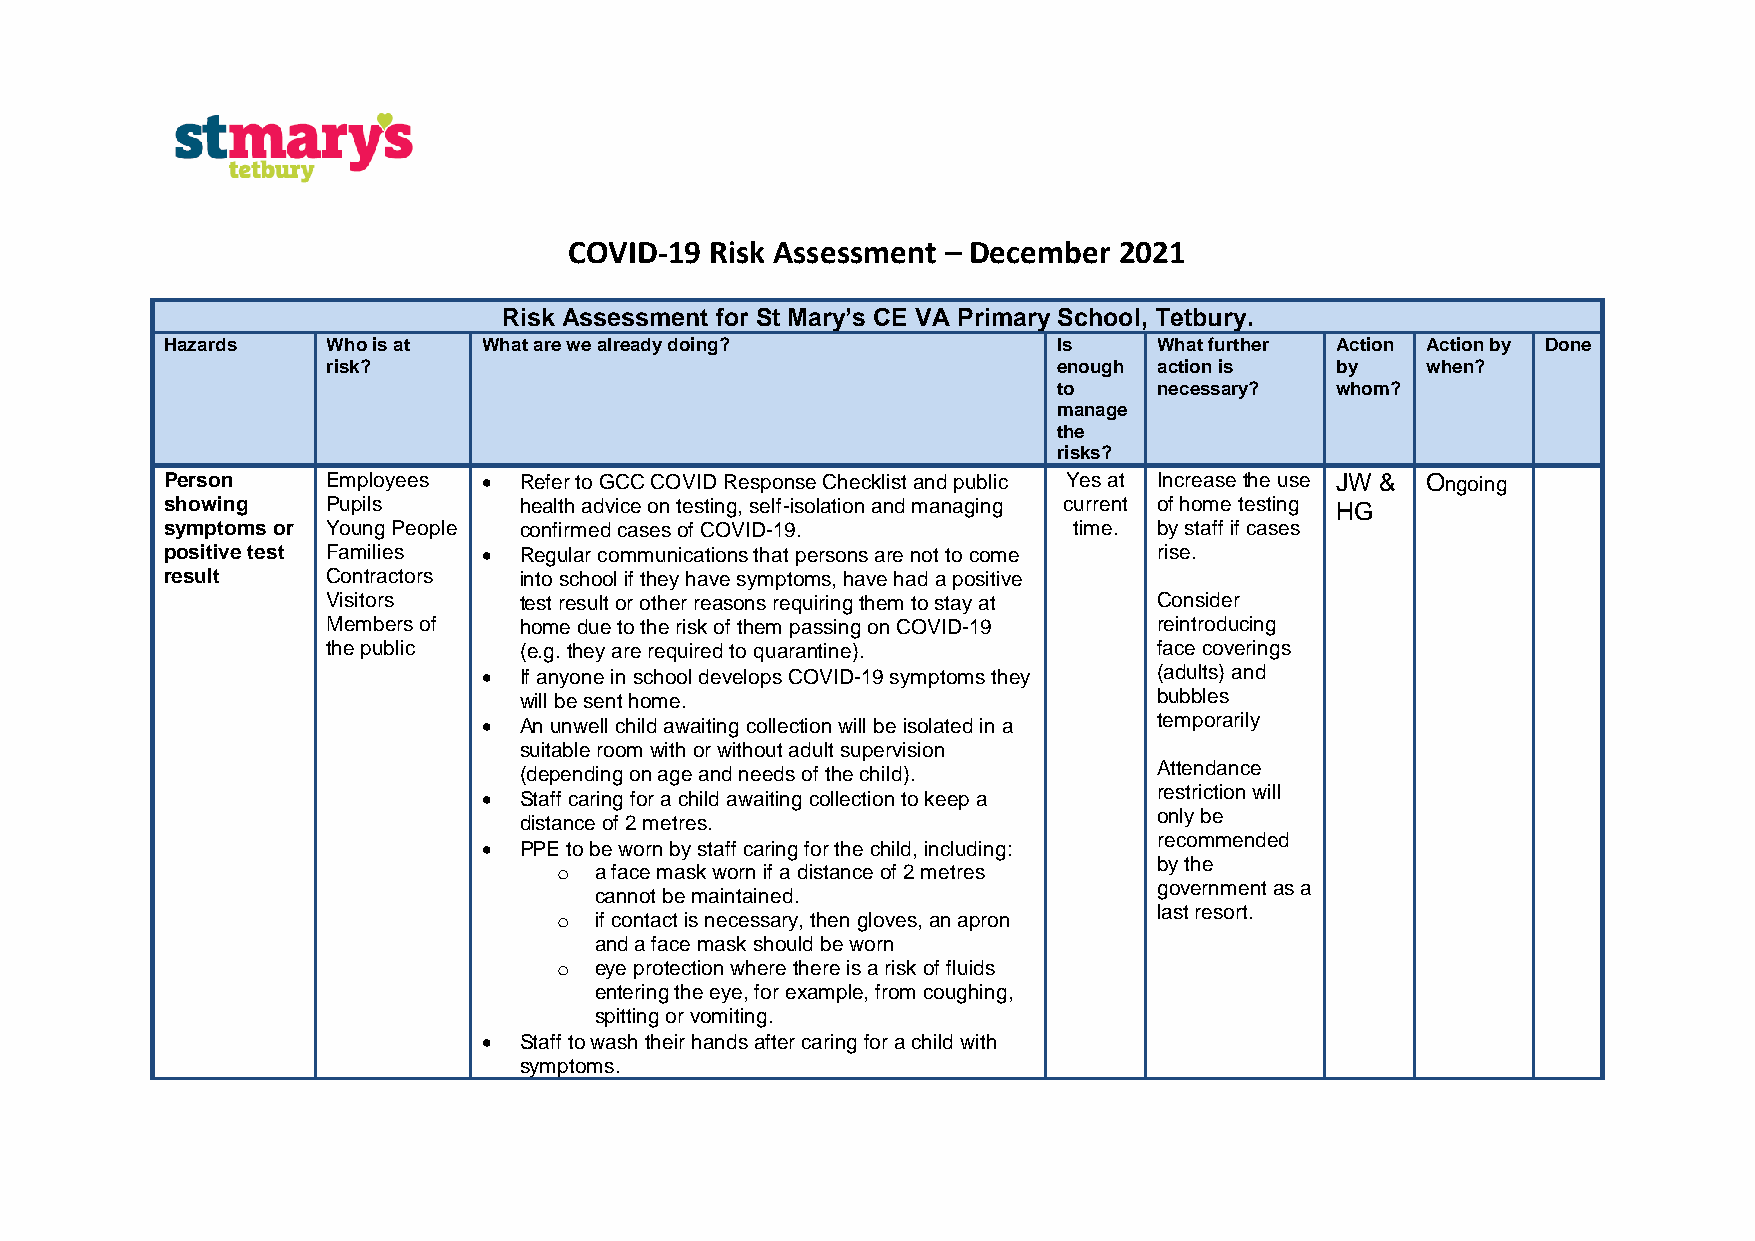
COVID-19 Risk Assessment – December 2021
 Risk Assessment for St Mary’s C E VA Primary School, Tetbury.
 Hazards    Who is at What are we already doing?            Is     What further Action Action by Done
 risk?                                           enough action is  by    when?
 to     necessary? whom?
 manage
 the
 risks?
 Person     Employees • Refer to GCC COVID Response Checklist and public Yes at Increase the use JW & Ongoing
 showing    Pupils      health advice on testing, self-isolation and managing current of home testing HG
 symptoms or Young People confirmed cases of COVID-19.       time. by staff if cases
 positive test Families • Regular communications that persons are not to come rise.
 result     Contractors into school if they have symptoms, have had a positive
 Visitors    test result or other reasons requiring them to stay at Consider
 Members of  home due to the risk of them passing on COVID-19 reintroducing
 the public  (e.g. they are required to quarantine).    face coverings
 • If anyone in school develops COVID-19 symptoms they (adults) and
 will be sent home.                         bubbles
 • An unwell child awaiting collection will be isolated in a temporarily
 suitable room with or without adult supervision
 (depending on age and needs of the child). Attendance
 restriction will
 • Staff caring for a child awaiting collection to keep a
 only be
 distance of 2 metres.
 recommended
 • PPE to be worn by staff caring for the child, including:
 by the
 o a face mask worn if a distance of 2 metres
 government as a
 cannot be maintained.
 last resort.
 o if contact is necessary, then gloves, an apron
 and a face mask should be worn
 o eye protection where there is a risk of fluids
 entering the eye, for example, from coughing,
 spitting or vomiting.
 • Staff to wash their hands after caring for a child with
 symptoms.